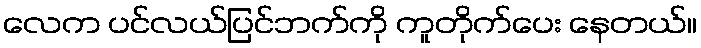
လေက ပင်လယ်ပြင်ဘက်ကို ကူတိုက်ပေး နေတယ်။